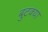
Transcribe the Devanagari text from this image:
बुटक्‍या